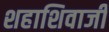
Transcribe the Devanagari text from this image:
शहाशिवाजी